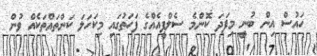
ހައުސް އިން ބުނީ މިފަދަ ކޮންމެ ސެލްފީއެއްގެ ފަހަތުގައި މިކަހަލަ ކަންތައްތަކެއް ވުން